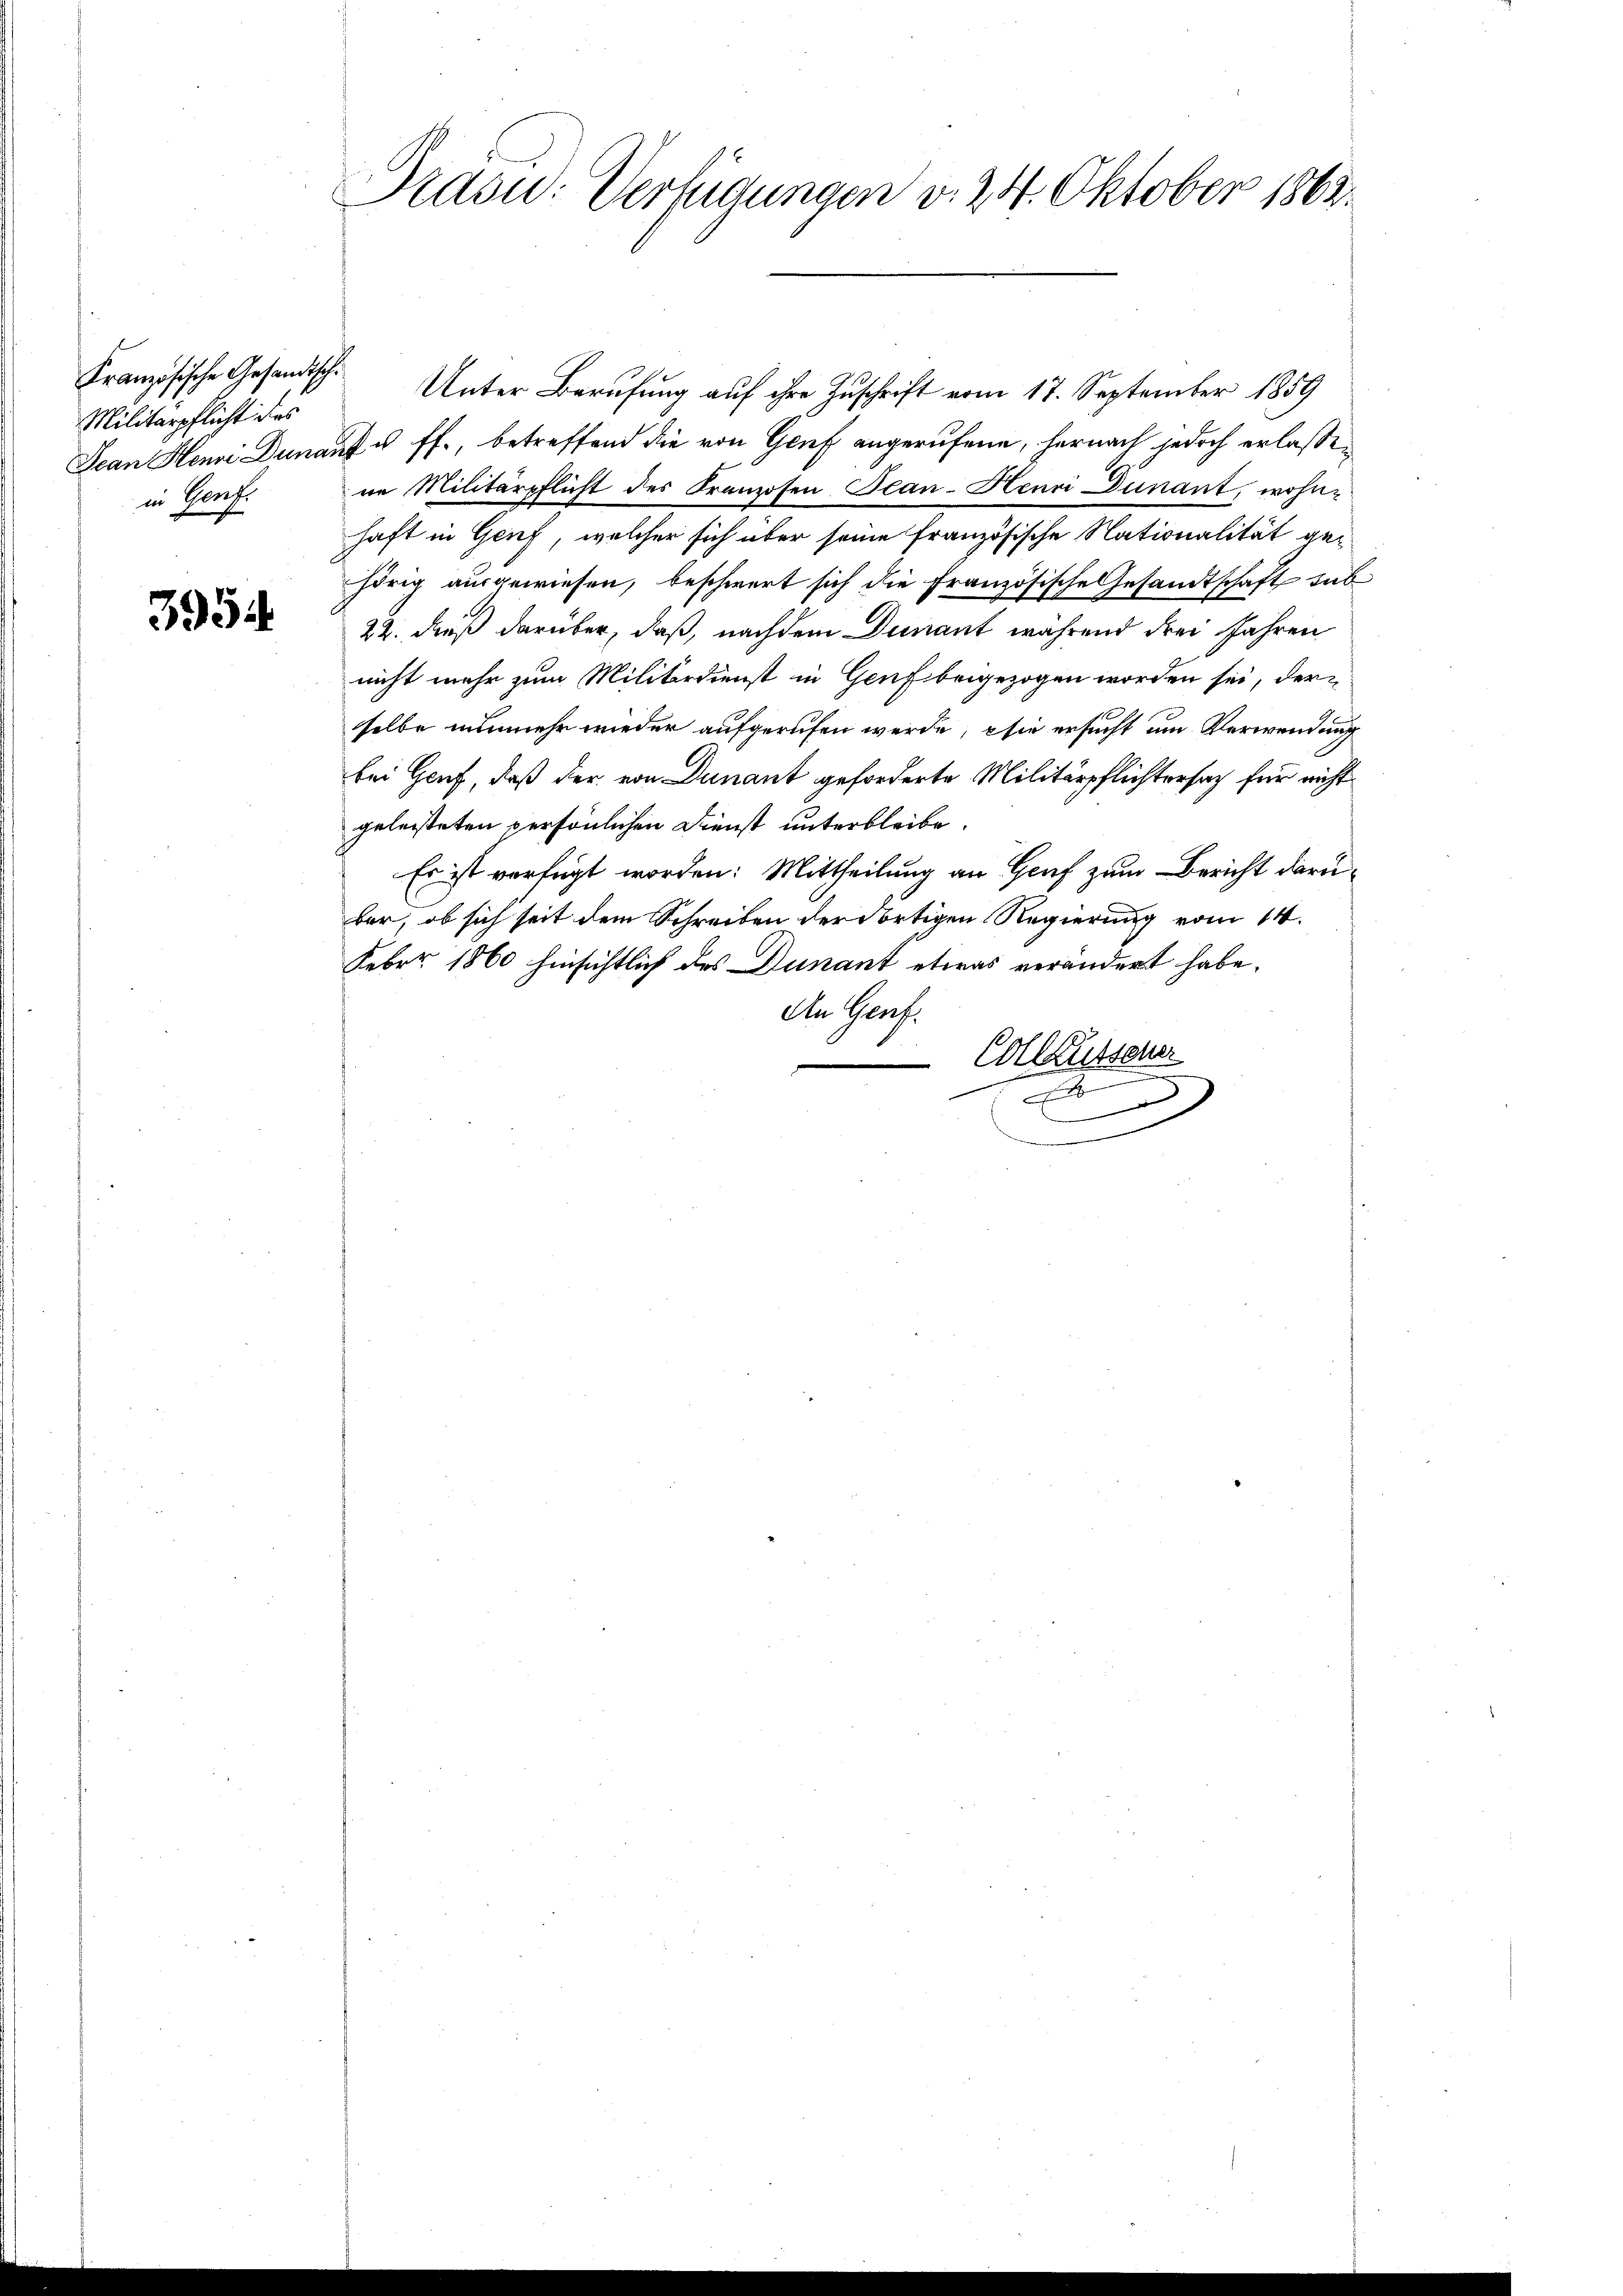
Kranzösische Gesandtsche
Militärpflicht des
in Genf.

3954

Präsid.: Verfügungen d. 24. Oktober 1863.

Unter Berufung auf ihre Zuschrift vom 17. September 1859
Jean Henni Dunauf u. ff., betreffend die von Genf angerufene, hernach jedoch erlassen
ne Militärpflicht des Kranzosen Plan-Henri Dunant, wohnhaft in Genf, welcher sich über seine französische Nationalität gehörig ausgewiesen, beschwert sich die Französische Gesandtschaft sub
22. dieß darüber, daß, nachdem Dunant während drei Jahren
nicht mehr zum Militärdienst in Genf beigezogen worden sei, der
selbe nunmehr wieder aufgerufen werde; sie ersucht um Verwendung
bei Genf, daß der von Dunant geforderte Militärpflichtersatz für nicht
geleisteten persönlichen Dienst unterbleibe.
Es ist verfügt worden: Mittheilung an Genf zum Bericht darübar, ob sich seit dem Schreiben der dortigen Regierung vom 14.
Feber 1860 hinsichtlich des Dunant etwas verändert habe.
An Genf.
Collaussen.
E
.